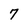
Character: 7